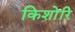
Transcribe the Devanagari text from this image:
किशोरि